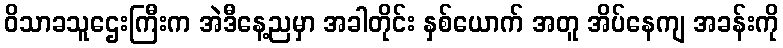
ဝိသာခသူဌေးကြီးက အဲဒီနေ့ညမှာ အခါတိုင်း နှစ်ယောက် အတူ အိပ်နေကျ အခန်းကို